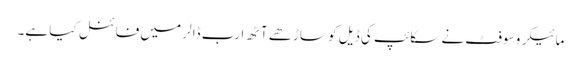
مائیکرو سوفٹ نے سکائپ کی ڈیل کو ساڑھے آٹھ ارب ڈالر میں فائنل کیا ہے۔